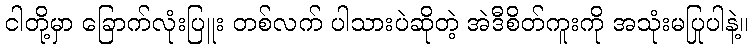
ငါတို့မှာ ခြောက်လုံးပြူး တစ်လက် ပါသားပဲဆိုတဲ့ အဲဒီစိတ်ကူးကို အသုံးမပြုပါနဲ့။